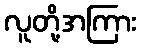
လူတို့အကြား